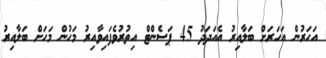
އަހަރުން އަހަރަށް ބަލާއިރު އެއަދަދު 45 ޕަސެންޓް އިތުރުވެފައިވާއިރު މަހުން މަހަށް ބަލާއިރު